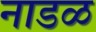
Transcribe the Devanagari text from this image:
नाडळ